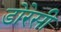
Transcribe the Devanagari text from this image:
डोरेसी